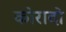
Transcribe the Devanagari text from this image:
कोरादो